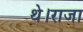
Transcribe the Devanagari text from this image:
थे।राजा